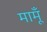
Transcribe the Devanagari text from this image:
मामूँ